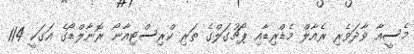
މެސީއާ ވާދަވެރި ރެއާލް މެޑްރިޑާއި ޕޯޗުގަލްގެ ތަރި ކްރިސްޓިއާނޯ ރޮނާލްޑޯގެ އަގަކީ 114